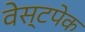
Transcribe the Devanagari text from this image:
वेस्टपेक